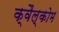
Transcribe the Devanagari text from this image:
क्वैल्कोम